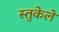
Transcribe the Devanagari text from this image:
स्तुकेले